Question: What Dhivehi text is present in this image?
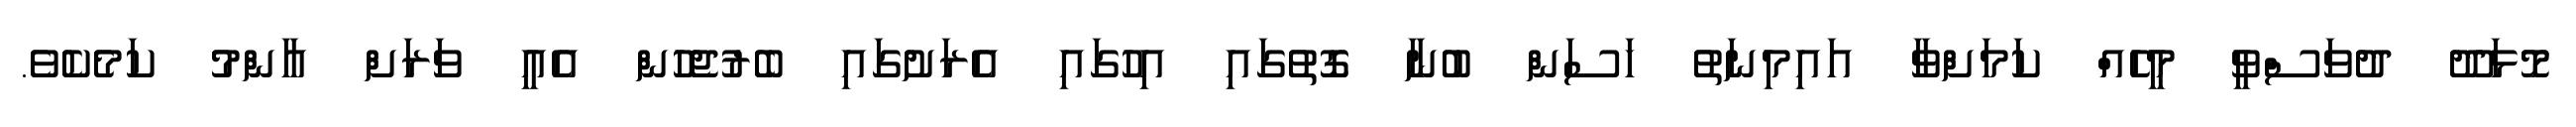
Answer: މޮޅަދޫ ދުވަސްވީ މީހެއް ކަމަށްވާ އައިމިނަތު ހަސަން ބުނާ ގޮތުގައި އިހުގައި އެރަށުގައި ބެރުޖެހުން އެއީ ވަރަށް އާންމު ކަމެކެވެ.